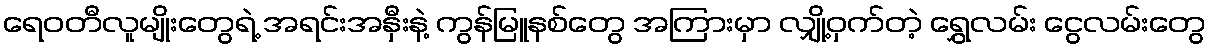
ရေဝတီလူမျိုးတွေရဲ့ အရင်းအနှီးနဲ့ ကွန်မြူနစ်တွေ အကြားမှာ လျှို့ဝှက်တဲ့ ရွှေလမ်း ငွေလမ်းတွေ